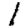
Digit: 1